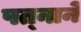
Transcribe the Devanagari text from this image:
पत्‍नाने